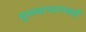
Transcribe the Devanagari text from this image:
मुख्याध्यापकही